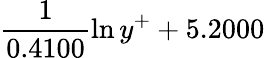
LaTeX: \frac{1}{0.4100}\ln{y^{+}}+5.2000